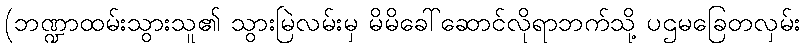
(ဘဏ္ဍာထမ်းသွားသူ၏ သွားမြဲလမ်းမှ မိမိခေါ်ဆောင်လိုရာဘက်သို့ ပဌမခြေတလှမ်း